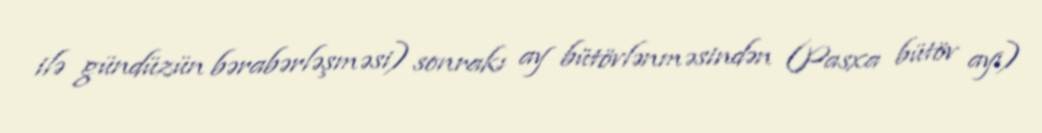
ilə gündüzün bərabərləşməsi) sonrakı ay bütövlənməsindən (Pasxa bütöv ayı)